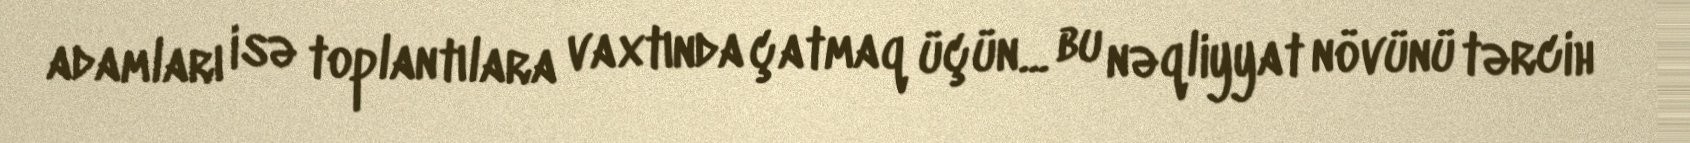
adamları isə toplantılara vaxtında çatmaq üçün... bu nəqliyyat növünü tərcih